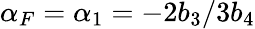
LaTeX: \alpha_{F}=\alpha_{1}=-2b_{3}/3b_{4}